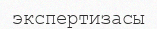
экспертизасы